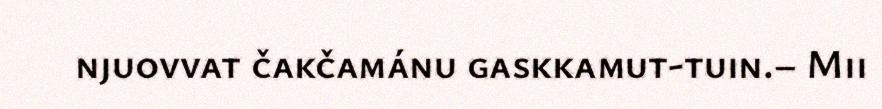
njuovvat čakčamánu gaskkamut-tuin.– Mii